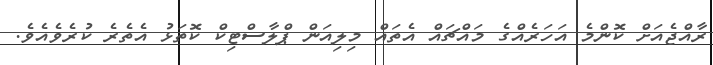
ރާއްޖެއަށް ކޮންމެ އަހަރެއްގެ މައްޗައް އެތައް މިލިއަން ޕްލާސްޓިކް ކޮތަޅު އެތެރެ ކުރެވެއެވެ.